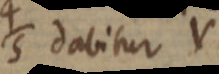
4/5 dabitur V